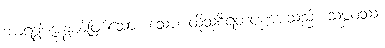
ဘာရဒွါဇအနွယ်ဖြစ်သော။ သော၊ ထိုသုစီရတပုဏ္ဏားသည်။ သမ္ဘဝဿ၊